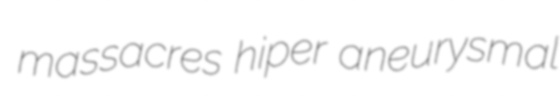
massacres hiper aneurysmal